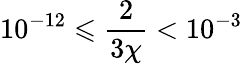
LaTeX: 10^{-12}\leqslant\frac{2}{3\chi}<10^{-3}